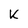
Character: K